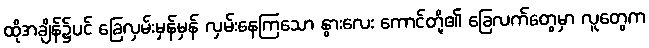
ထိုအချိန်၌ပင် ခြေလှမ်းမှန်မှန် လှမ်းနေကြသော နွားလေး ကောင်တို့၏ ခြေလက်တွေမှာ လူတွေက